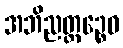
အဘိညတ္ထဉ္စေဝ